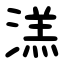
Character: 溔